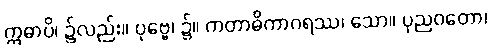
ဣဓာပိ၊ ၌လည်း။ ပုဗ္ဗေ၊ ၌။ ကတာဓိကာဂရဿ၊ သော။ ပုညဝတော၊